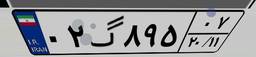
۰۲گ۸۹۵۰۷